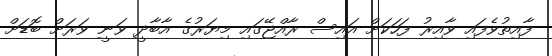
ފާއިތުވެފައި ވާއިރު ފަހަކަށް އައިސް ރާއްޖޭގައި މިޔަރުގެ އާބާދީ ވަނީ ވަރަށް ބޮޑަށް